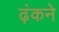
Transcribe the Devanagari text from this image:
ढ़ंकने